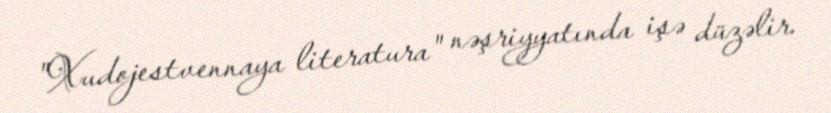
"Xudojestvennaya literatura" nəşriyyatında işə düzəlir.